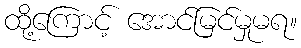
ထို့ကြောင့် အောင်မြင်မှုမရ။